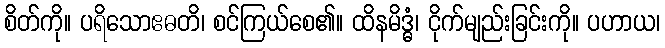
စိတ်ကို။ ပရိသောဧဓတိ၊ စင်ကြယ်စေ၏။ ထိနမိဒ္ဓံ၊ ငိုက်မျည်းခြင်းကို။ ပဟာယ၊